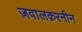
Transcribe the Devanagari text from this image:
ज़वालक़रनीन